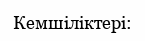
Кемшіліктері: